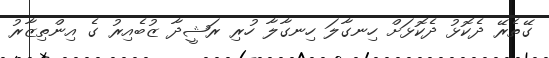
ގޭތެރޭ ދެކޮޅު ދެކޮޅަށް ހިނގާލަ ހިނގާލާ ހުރި ރަޝީދާ ޒުބެއިރު ގެ އިންތިޒާރު